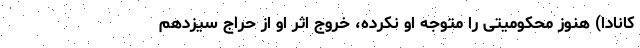
کانادا) هنوز محکومیتی را متوجه او نکرده، خروج اثر او از حراج سیزدهم